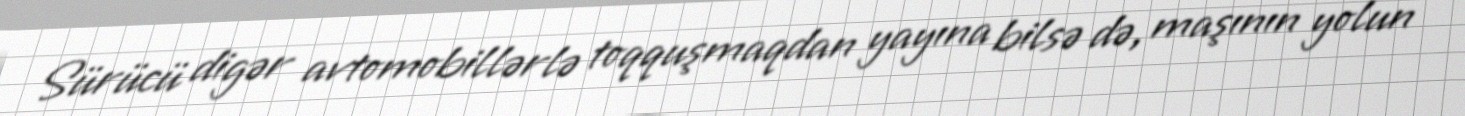
Sürücü digər avtomobillərlə toqquşmaqdan yayına bilsə də, maşının yolun